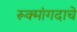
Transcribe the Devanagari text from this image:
रूक्मांगदाचे